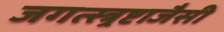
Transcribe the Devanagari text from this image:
जगत्स्त्र्रष्टाजैसी